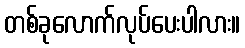
တစ်ခုလောက်လုပ်ပေးပါလား။